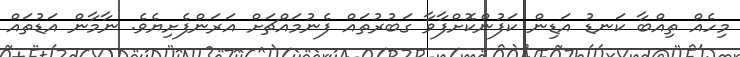
މިހެއް ތިއްބާ ކަނޑު އަޑިން ކަފުންކޮށްފާވާ ގަބުރުތައް ފެނުމައްޗަށް އަރަންފެށިޔެވެ. ނާމާން އަޑުތައް